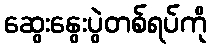
ဆွေးနွေးပွဲတစ်ရပ်ကို